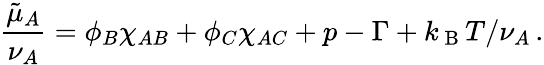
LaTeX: \frac{\tilde{\mu}_{A}}{\nu_{A}}=\phi_{B}\chi_{AB}+\phi_{C}\chi_{AC}+p-\Gamma+k_{\mathrm{~B~}}T/\nu_{A}\, .